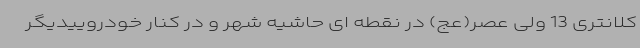
کلانتری 13 ولی عصر(عج) در نقطه ای حاشیه شهر و در کنار خودروییدیگر